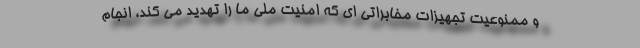
و ممنوعیت تجهیزات مخابراتی ای که امنیت ملی ما را تهدید می کند، انجام